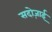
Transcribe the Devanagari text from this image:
सदोज़ाई